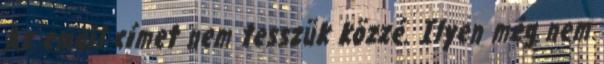
Az email címet nem tesszük közzé. Ilyen még nem